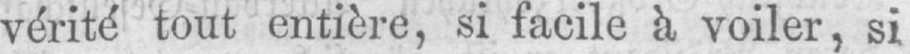
vérité tout entière, si facile à voiler, si